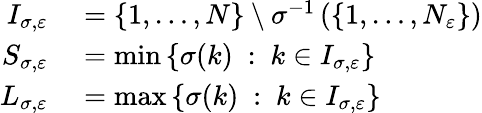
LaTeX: \begin{array}{rl}{I_{\sigma,\varepsilon}}&{{}=\left\{ 1,\ldots,N\right\} \setminus\sigma^{-1}\left(\left\{ 1,\dots,N_{\varepsilon}\right\} \right)}\\ {S_{\sigma,\varepsilon}}&{{}=\operatorname*{min}\left\{ \sigma(k)\ :\ k\in I_{\sigma,\varepsilon}\right\} }\\ {L_{\sigma,\varepsilon}}&{{}=\operatorname*{max}\left\{ \sigma(k)\ :\ k\in I_{\sigma,\varepsilon}\right\} }\end{array}